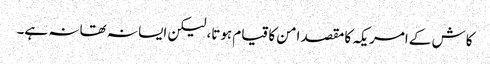
کاش کے امریکہ کا مقصد امن کا قیام ہوتا، لیکن ایسا نہ تھا نہ ہے۔